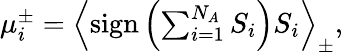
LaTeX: \begin{array}{r}{\mu_{i}^{\pm}=\left\langle\mathrm{sign}\left(\sum_{i=1}^{N_{A}}S_{i}\right)S_{i}\right\rangle_{\pm},}\end{array}